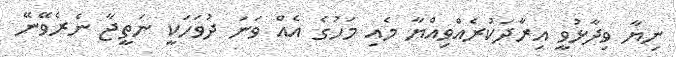
ނިޔާ ވިދާޅުވީ އިރާދަކުރެއްވިއްޔާ މެއި މަހުގެ އެއް ވަނަ ދުވަހަކީ ނަތީޖާ ނެރެވޭނޭ